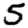
Digit: 5